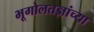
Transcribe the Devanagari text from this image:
भूगोलतज्ञांच्या